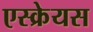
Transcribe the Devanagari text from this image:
एस्क्रेयस